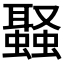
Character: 𮕉